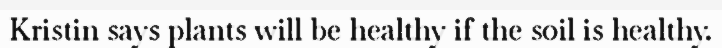
Kristin says plants will be healthy if the soil is healthy.